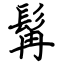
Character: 髯